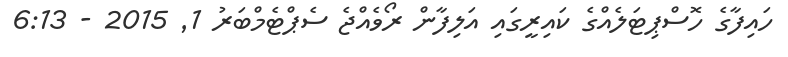
ހައިފާގެ ހޮސްޕިޓަލެއްގެ ކައިރީގައި އަލިފާން ރޯވެއްޖެ ސެޕްޓެމްބަރު 1